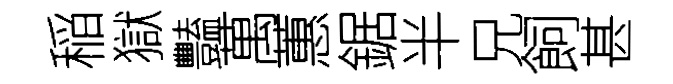
稲獄豔萬蕙鋸半兄飼甚